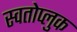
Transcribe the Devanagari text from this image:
स्वतोप्लुक